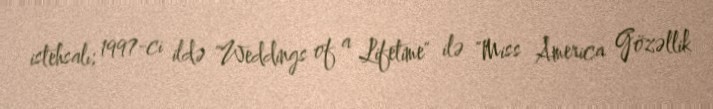
istehsalı; 1997-ci ildə "Weddings of a Lifetime" ilə "Miss America Gözəllik